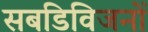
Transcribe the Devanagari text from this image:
सबडिविजनों